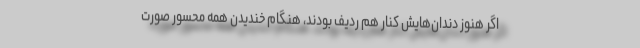
اگر هنوز دندان‌هایش کنار هم ردیف بودند، هنگام خندیدن همه محسور صورت